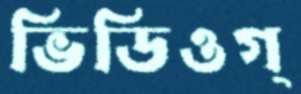
ভিডিওগ্